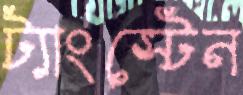
ট্যাংস্টেন